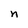
Character: n